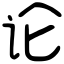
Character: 论